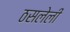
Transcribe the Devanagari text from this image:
ठसलेली